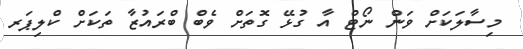
މިސާލަކަށް ވަން ނޯޓް އާ ގުޅޭ ގޮތަށް ވެބް ބްރައުޒާ ތަކަށް ކްލިޕަރ